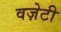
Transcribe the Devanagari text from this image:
वज़ेटी